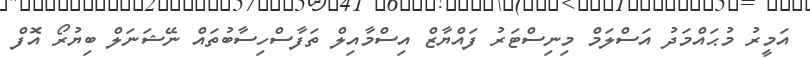
އަމީރު މުޙައްމަދު އަސްލަމް މިނިސްޓަރު ފައްޔާޒް އިސްމާއިލް ތަފާސްހިސާބުތައް ނޭޝަނަލް ބިޔުރޯ އޮފް